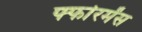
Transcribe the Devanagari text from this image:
र्फ्फारमेंस